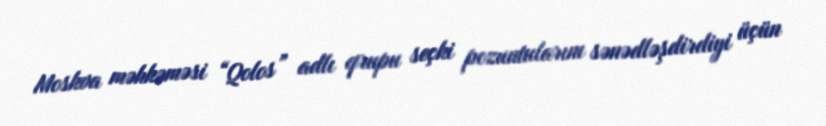
Moskva məhkəməsi “Qolos” adlı qrupu seçki pozuntularını sənədləşdirdiyi üçün